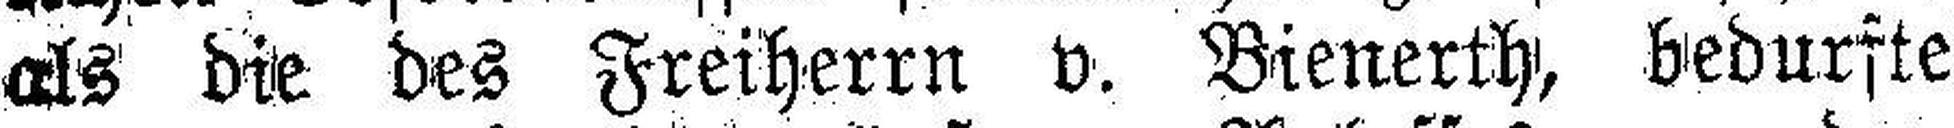
als die des Freiherrn v. Bienerth, bedurfte